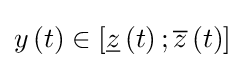
y\left(t\right)\in \left[{\underline {z}}\left(t\right);{\overline {z}}\left(t\right)\right]